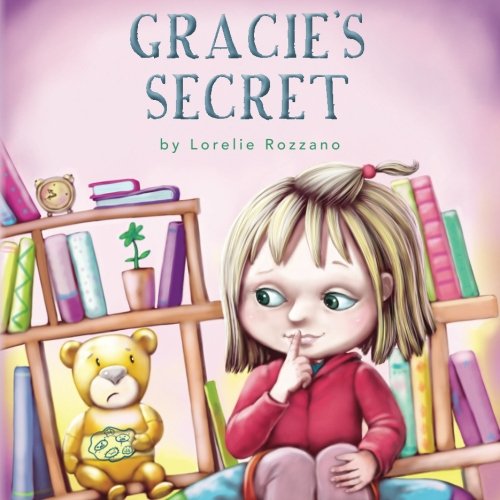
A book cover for Gracie's Secret; Lorelie Rozzano; Parenting & Relationships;